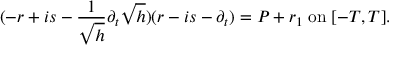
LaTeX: ( - r + i s - \frac { 1 } { \sqrt { h } } \partial _ { t } \sqrt { h } ) ( r - i s - \partial _ { t } ) = P + r _ { 1 } \; \mathrm { o n } \; [ - T , T ] .